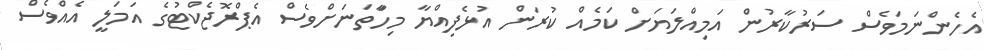
އެހެންނަމަވެސް ސަރުކާރުން އަމިއްލަޔަށް ކަމެއް ކުރަން އުޅެފިއްޔާ މިހަާތަނަށްވެސް އެޕްރޮޖެކްޓުގެ އަމަލީ އެއްވެސް